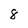
Character: 8